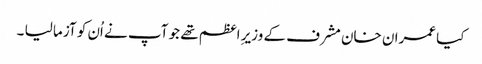
کیا عمران خان مشرف کے وزیرِ اعظم تھے جو آپ نے اُن کو آزما لیا ۔